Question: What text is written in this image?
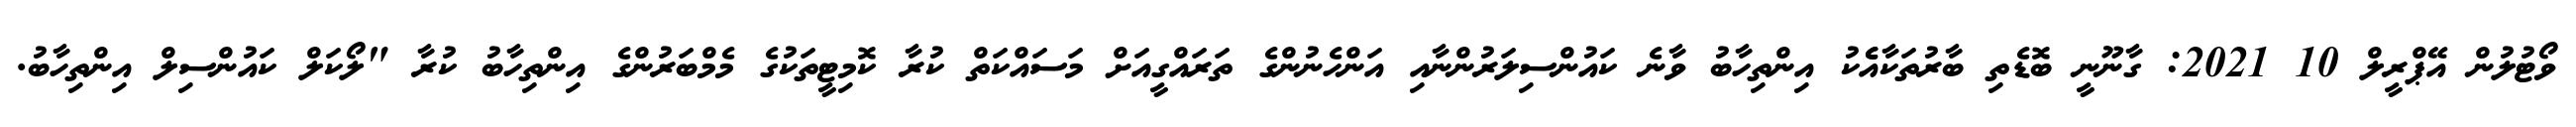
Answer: ވޯޓުލުން އޭޕްރީލް 10 2021: ގާނޫނީ ބޮޑެތި ބާރުތަކާއެެކު އިންތިހާބު ވާނެ ކައުންސިލަރުންނާއި އަންހެނުންގެ ތަރައްގީއަށް މަސައްކަތް ކުރާ ކޮމިޓީތަކުގެ މެމްބަރުންގެ އިންތިހާބު ކުރާ "ލޯކަލް ކައުންސިލް އިންތިހާބު.